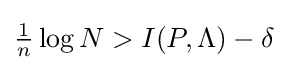
\textstyle {\frac {1}{n}}\log N>I(P,\Lambda )-\delta